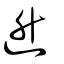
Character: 𬨠